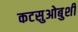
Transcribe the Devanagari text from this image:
कटसुओबुशी